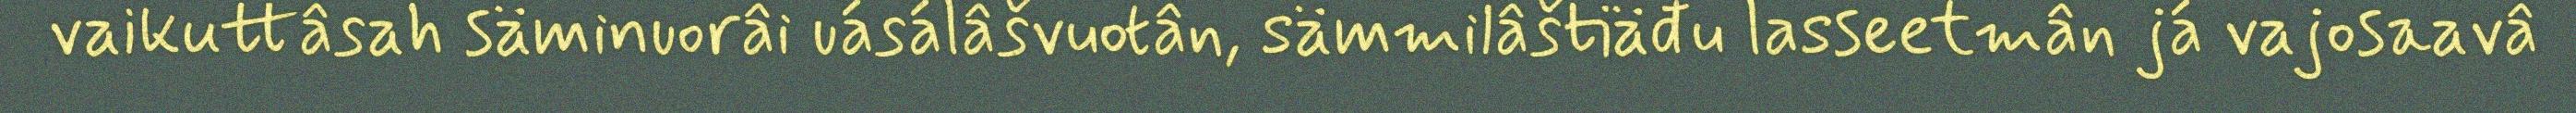
vaikuttâsah säminuorâi uásálâšvuotân, sämmilâštiäđu lasseetmân já vajosaavâ